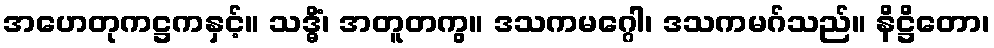
အဟေတုကဋ္ဌကနှင့်။ သဒ္ဓိံ၊ အတူတကွ။ ဒသကမဂ္ဂေါ၊ ဒသကမဂ်သည်။ နိဋ္ဌိတော၊